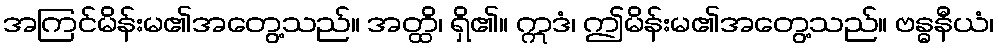
အကြင်မိန်းမ၏အတွေ့သည်။ အတ္ထိ၊ ရှိ၏။ ဣဒံ၊ ဤမိန်းမ၏အတွေ့သည်။ ဗန္ဓနီယံ၊